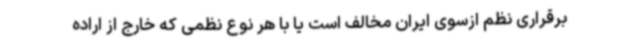
برقراری نظم ازسوی ایران مخالف است یا با هر نوع نظمی که خارج از اراده